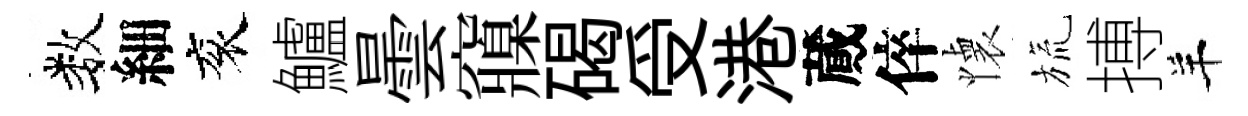
数細衮鱸曇䆿碣受港蕆倅懐旒搏羊